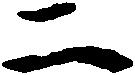
二